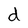
Character: d